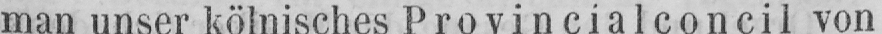
man unser kölnisches Provincialconcil von